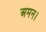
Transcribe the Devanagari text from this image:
अमन।